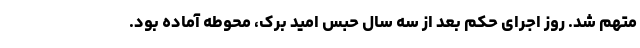
متهم شد. روز اجرای حکم بعد از سه سال حبس امید برک، محوطه آماده بود.